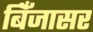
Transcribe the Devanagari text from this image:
बिँजासर